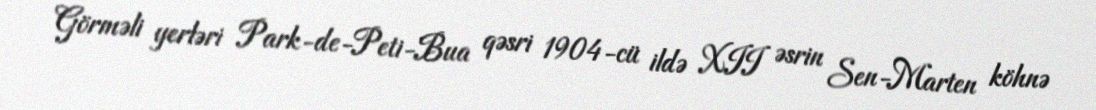
Görməli yerləri Park-de-Peti-Bua qəsri 1904-cü ildə XII əsrin Sen-Marten köhnə